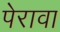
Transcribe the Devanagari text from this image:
पेरावा